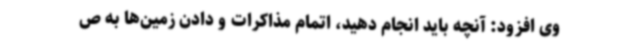
وی افزود: آنچه باید انجام دهید، اتمام مذاکرات و دادن زمین‌ها به ص